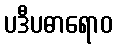
ပဒီပဓာရောဝ